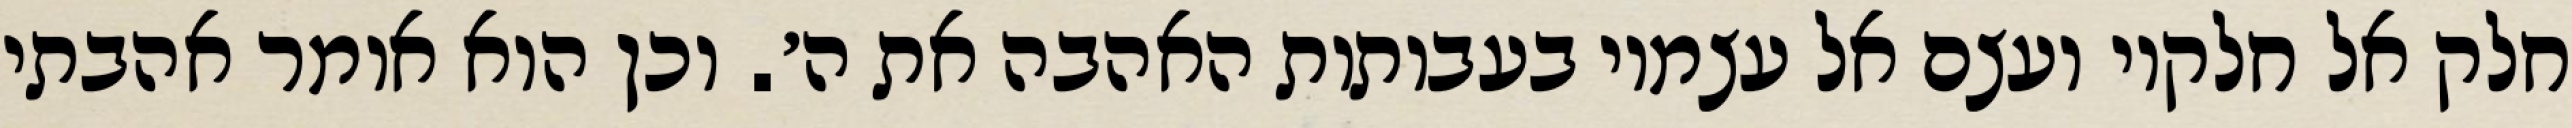
חלק אל חלקיו ועצם אל עצמיו בעבותות האהבה את ה׳. וכן הוא אומר אהבתי